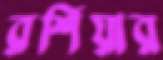
রশিয়ার